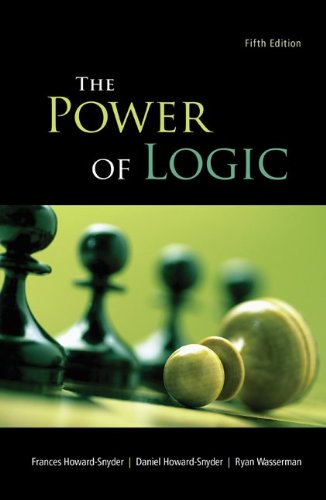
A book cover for The Power of Logic; Frances Howard-Snyder; Politics & Social Sciences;